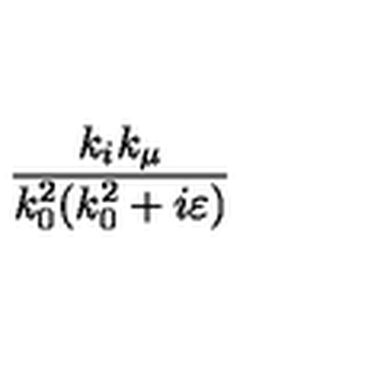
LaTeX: \frac { k _ { i } k _ { \mu } } { k _ { 0 } ^ { 2 } ( k _ { 0 } ^ { 2 } + i \varepsilon ) }